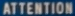
ATTENTION